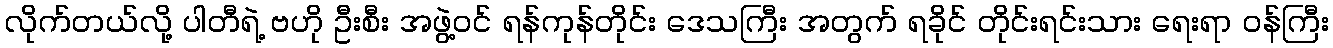
လိုက်တယ်လို့ ပါတီရဲ့ ဗဟို ဦးစီး အဖွဲ့ဝင် ရန်ကုန်တိုင်း ဒေသကြီး အတွက် ရခိုင် တိုင်းရင်းသား ရေးရာ ဝန်ကြီး